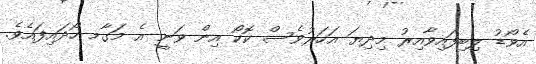
އެވޯޑު ލިބިފައިވާއިރު މިދިޔަ އަހަރުވެސް ކޮކޯ އިން ވަނީ އެ މަގާމ ހޯދައިފައެވެ.